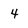
Character: 4